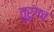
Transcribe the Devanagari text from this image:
तुरुंगच